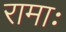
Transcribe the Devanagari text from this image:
रामाः